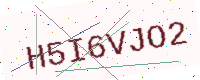
Text: H5I6VJO2